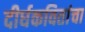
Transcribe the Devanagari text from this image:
दीर्घकवितांचा